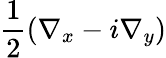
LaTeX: \frac{1}{2}\left(\nabla_{x}-i\nabla_{y}\right)